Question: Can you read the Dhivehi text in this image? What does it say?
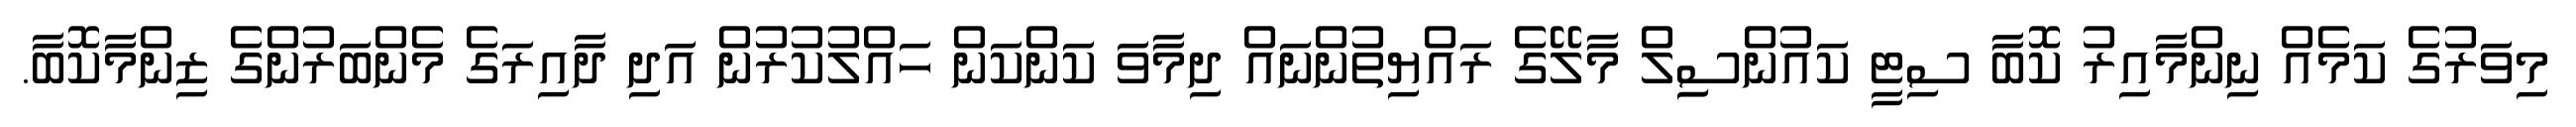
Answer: މިވަރުގެ ކަމެއް ނިންމާއިރު ކޮބާ ސިޓީ ކައުންސިިލް މާލޭގެ ރައްޔިތުންނައް ދިމާވަ ކަންކަން ހައްލުކުރުން އަދި ދާއިރަގެ މެންބަރުންގެ ޒިންމާކޮބާ.